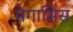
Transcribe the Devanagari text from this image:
मेगासिस